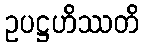
ဥပဋ္ဌဟိဿတိ